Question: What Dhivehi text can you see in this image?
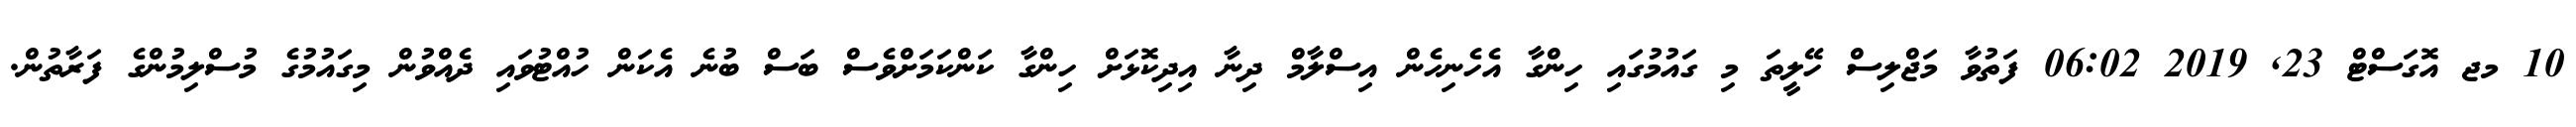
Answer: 10 މޖ އޮގަސްޓް 23, 2019 06:02 ފަތުވާ މަޖްލިސް ހޭލީތަ މި ގައުމުގައި ހިންގާ އެހެނިހެން އިސްލާމް ދިނާ އިދިކޮޅަށް ހިންގާ ކަންކަމަށްވެސް ބަސް ބުނެ އެކަން ހުއްޓުވައި ދެއްވުން މިގައުމުގެ މުސްލިމުންގެ ފަރާތުން.